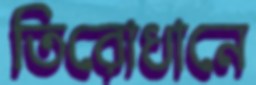
তিরোধানে